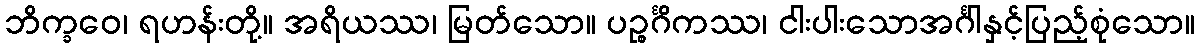
ဘိက္ခဝေ၊ ရဟန်းတို့။ အရိယဿ၊ မြတ်သော။ ပဉ္စင်္ဂိကဿ၊ ငါးပါးသောအင်္ဂါနှင့်ပြည့်စုံသော။